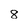
Character: 8